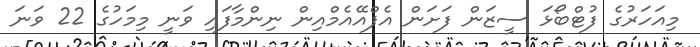
މިއަހަރުގެ ފުޓްބޯޅަ ސީޒަން ފަށަން އެފްއޭއެމްއިން ނިންމާފައި ވަނީ މިމަހުގެ 22 ވަނަ